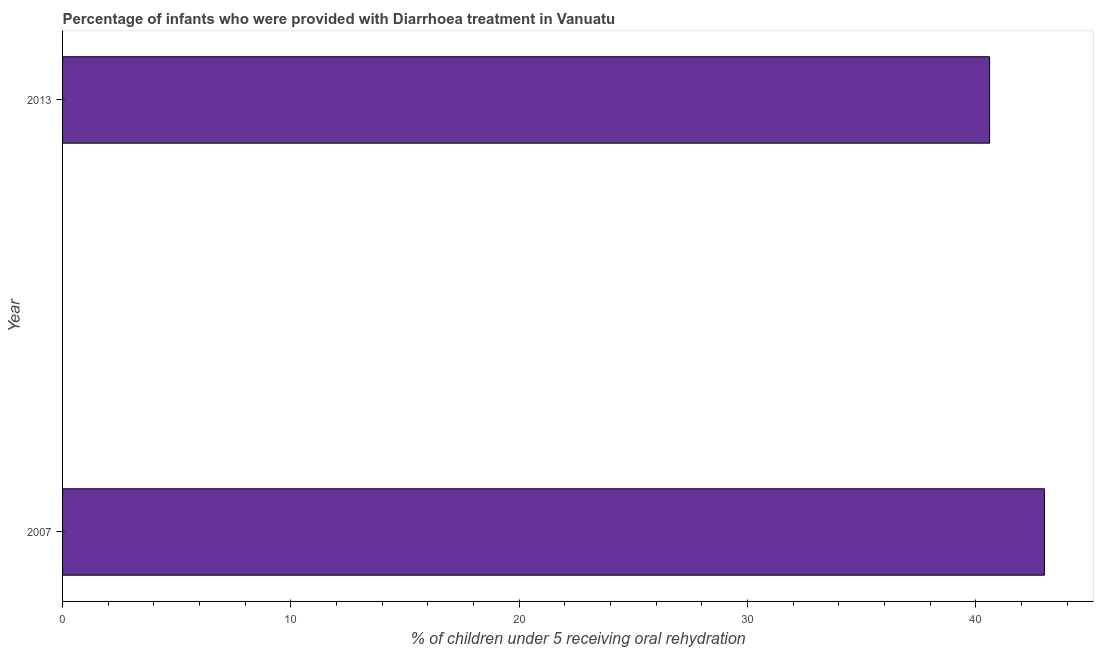
| Year | Diarrhea treatment |
 | --- | --- |
 | 2007 | 43 |
 | 2013 | 40.6 |